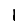
Digit: 1